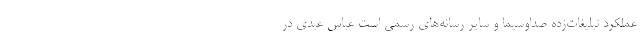
عملکرد تبلیغات‌زده صداوسیما و سایر رسانه‌های رسمی است عباس عبدی در